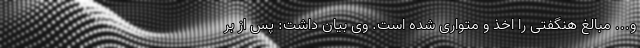
و... مبالغ هنگفتی را اخذ و متواری شده است. وی بیان داشت: پس از بر